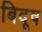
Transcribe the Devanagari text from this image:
बिदूष